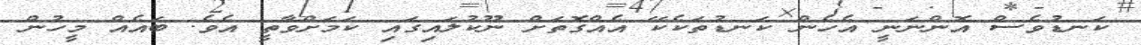
ކަނޑުވެސް އޮންނަނީ އެހެން ކަނޑުތަކެކޭ އެއްގޮތަށް ނޫކުލައިގައި ކަމަށްވާތީ އެވެ. ބައެއް މީހުން